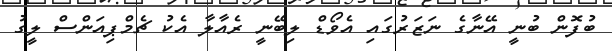
ބުފޮން ބުނީ އޭނާގެ ނަޒަރުގައި އެވޯޑް ލިބޭނީ ރެއާލާ އެކު ޗެމްޕިއަންސް ލީގު